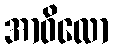
အာဝိလော